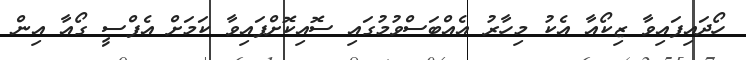
ހޯދައިފައިވާ ޒިކޯއާ އެކު މިހާރު އެއްބަސްވުމުގައި ސޮއިކޮށްފައިވާ ކަމަށް އެފްސީ ގޯއާ އިން